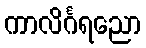
ကာလိင်္ဂရညော